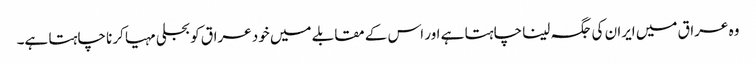
وہ عراق میں ایران کی جگہ لینا چاہتا ہے اور اس کے مقابلے میں خود عراق کو بجلی مہیا کرنا چاہتا ہے۔